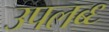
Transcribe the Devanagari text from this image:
उपलब्ध्‍